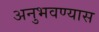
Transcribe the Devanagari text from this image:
अनुभवण्यास